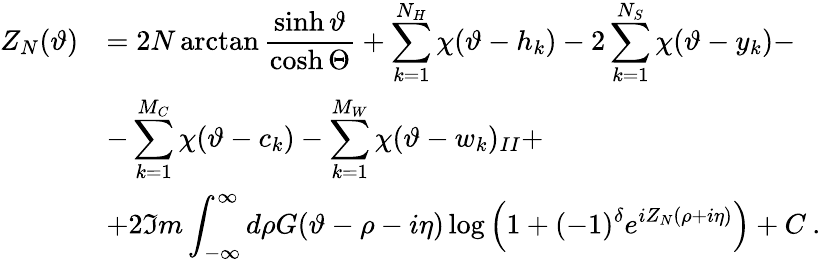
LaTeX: \begin{array}{rl}{{\displaystyle Z_{N}(\vartheta)}}&{{=2N\arctan\displaystyle\frac{\sinh\vartheta}{\cosh\Theta}+\displaystyle\sum_{k=1}^{N_{H}}\chi(\vartheta-h_{k})-2\displaystyle\sum_{k=1}^{N_{S}}\chi(\vartheta-y_{k})-}}\\ {{}}&{{-\displaystyle\sum_{k=1}^{M_{C}}\chi(\vartheta-c_{k})-\displaystyle\sum_{k=1}^{M_{W}}\chi(\vartheta-w_{k})_{II}+}}\\ {{}}&{{+2\Im m\displaystyle\int_{-\infty}^{\infty}d\rho G(\vartheta-\rho-i\eta)\log\left(1+(-1)^{\delta}e^{iZ_{N}(\rho+i\eta)}\right)+C\: .}}\end{array}